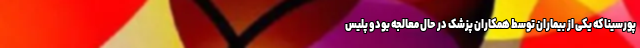
پورسینا که یکی از بیماران توسط همکاران پزشک در حال معالجه بود و پلیس